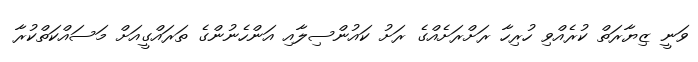
ވަނީ ޒިޔާރަތް ކުރެއްވި ހުރިހާ ރަށްރަށެއްގެ ރަށު ކައުންސިލާއި އަންހެނުންގެ ތަރައްގީއަށް މަސައްކަތްކުރާ